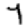
Digit: 7